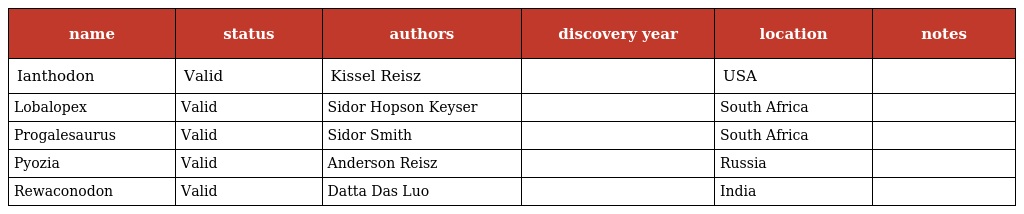
| name | status | authors | discovery year | location | notes |
 | --- | --- | --- | --- | --- | --- |
 | Ianthodon | Valid | Kissel Reisz |  | USA |  |
 | Lobalopex | Valid | Sidor Hopson Keyser |  | South Africa |  |
 | Progalesaurus | Valid | Sidor Smith |  | South Africa |  |
 | Pyozia | Valid | Anderson Reisz |  | Russia |  |
 | Rewaconodon | Valid | Datta Das Luo |  | India |  |